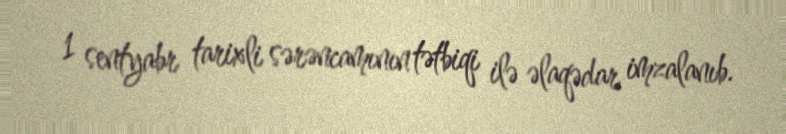
1 sentyabr tarixli sərəncamının tətbiqi ilə əlaqədar imzalanıb.